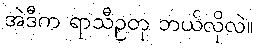
အဲဒီက ရာသီဥတု ဘယ်လိုလဲ။